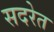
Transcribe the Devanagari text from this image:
सदरेत